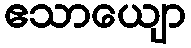
ဧသာယျော